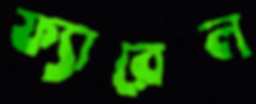
ফ্যারেল